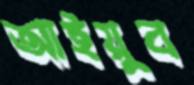
আইয়ুব